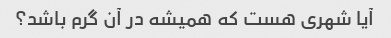
آیا شهری هست که همیشه در آن گرم باشد؟